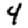
Digit: 4